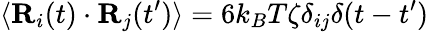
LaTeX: \langle\mathbf{R}_{i}(t)\cdot\mathbf{R}_{j}(t^{\prime})\rangle=6k_{B}T\zeta\delta_{ij}\delta(t-t^{\prime})